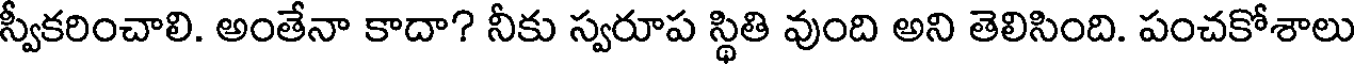
స్వీకరించాలి. అంతేనా కాదా? నీకు స్వరూప స్థితి వుంది అని తెలిసింది. పంచకోశాలు